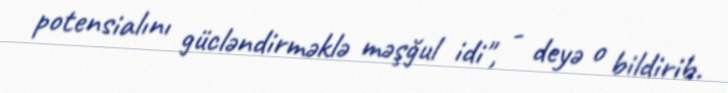
potensialını gücləndirməklə məşğul idi", - deyə o bildirib.